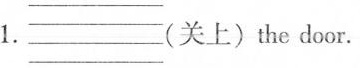
1.(关上)the door.